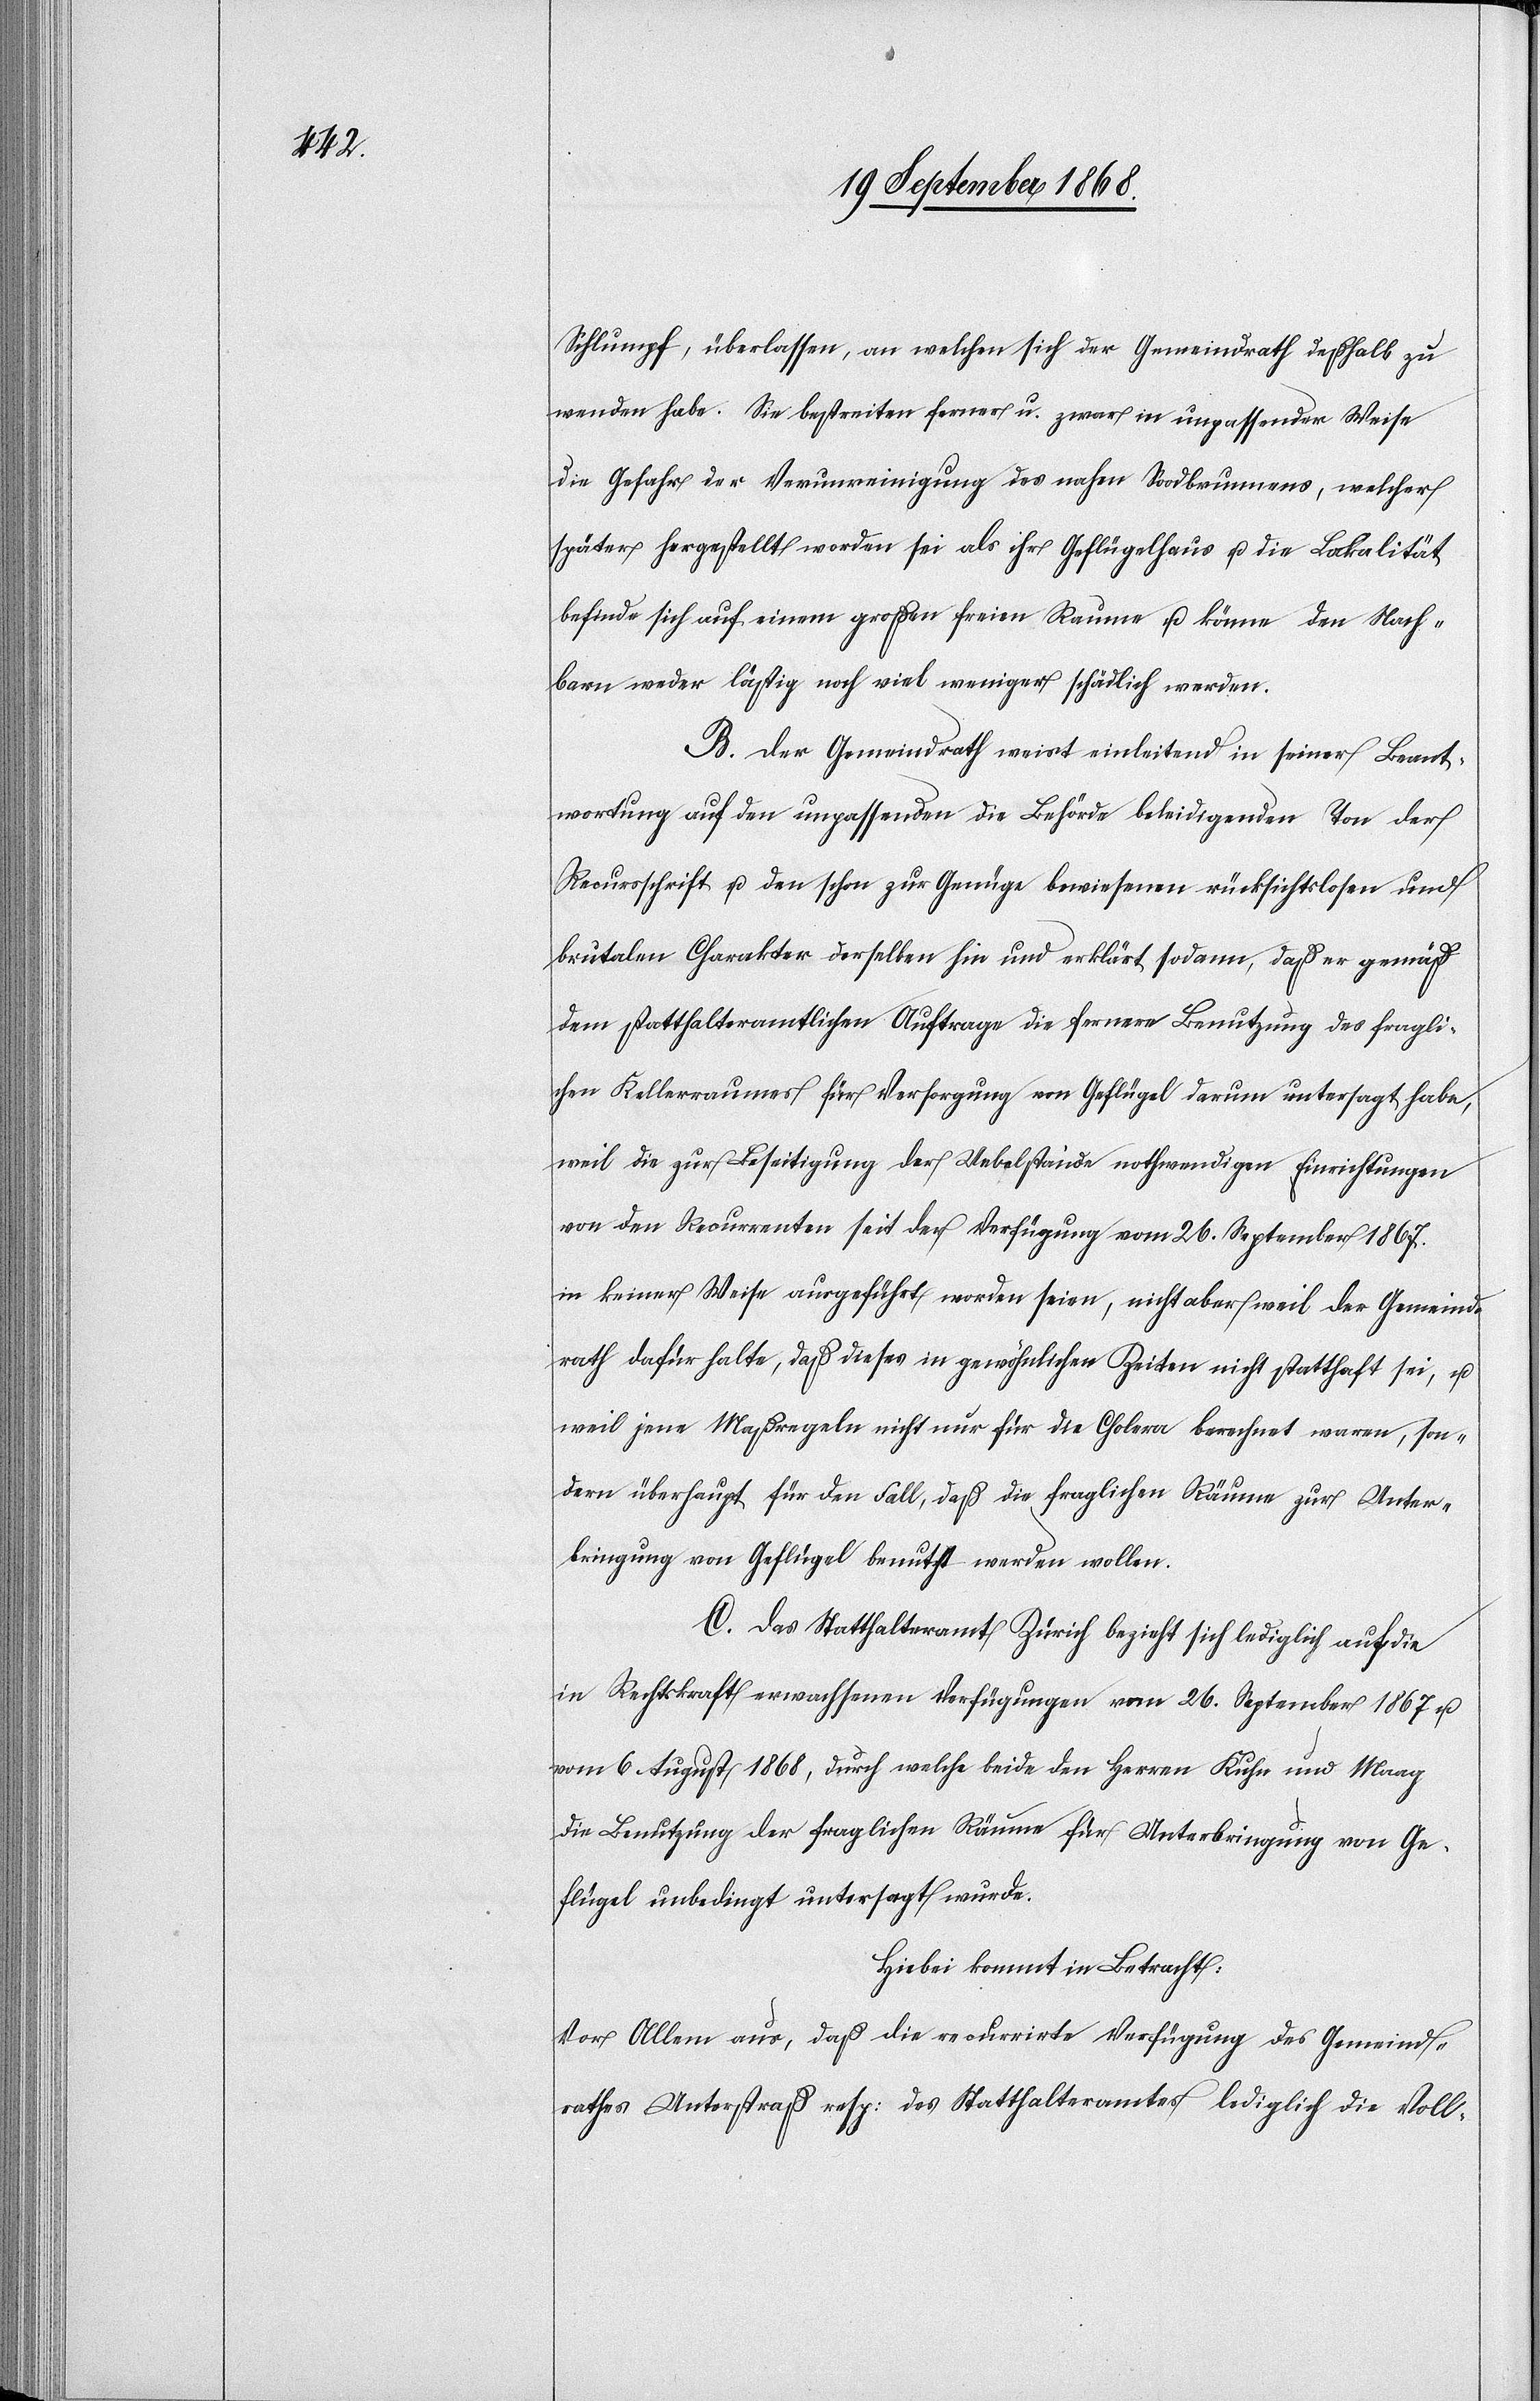
Schlumpf, überlassen, an welchen sich der Gemeindrath deßhalb zu
wenden habe. Sie bestreiten ferner u. zwar in unpassender Weise
die Gefahr der Verunreinigung des nahen Soodbrunnens, welcher
später hergestellt worden sei als ihr Geflügelhaus u. die Lokalität
befinde sich auf einem großen freien Raume u. könne den Nach¬
barn weder lästig noch viel weniger schädlich werden.
B. Der Gemeindrath weist einleitend in seiner Beant¬
wortung auf den unpassenden die Behörde beleidigenden Ton der
Recursschrift u. den schon zur Genüge bewiesenen rücksichtslosen und
brutalen Charakter derselben hin und erklärt sodann, daß er gemäß
dem statthalteramtlichen Auftrage die fernere Benutzung des fragli¬
chen Kellerraumes für Versorgung von Geflügel darum untersagt habe,
weil die zur Beseitigung der Uebelstände nothwendigen Einrichtungen
von den Recurrenten seit der Verfügung vom 26. September 1867.
in keiner Weise ausgeführt worden seien, nicht aber weil der Gemeind¬
rath dafür halte, daß dieses in gewöhnlichen Zeiten nicht statthaft sei, u.
weil jene Maßregeln nicht nur für die Cholera berechnet waren, son¬
dern überhaupt für den Fall, daß die fraglichen Räume zur Unter¬
bringung von Geflügel benutzt werden wollen.
C. Das Statthalteramt Zürich bezieht sich lediglich auf die
in Rechtskraft erwachsenen Verfügungen vom 26. September 1867 u.
vom 6. August 1868, durch welche beide den Herren Kuhn und Maag
die Benutzung der fraglichen Räume für Unterbringung von Ge¬
flügel unbedingt untersagt wurde.
Hiebei kommt in Betracht:
Vor Allem aus, daß die recurrirte Verfügung des Gemeind¬
rathes Unterstraß resp: des Statthalteramtes lediglich die Voll-